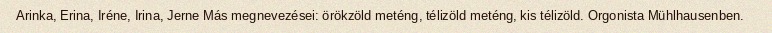
Arinka, Erina, Iréne, Irina, Jerne Más megnevezései: örökzöld meténg, télizöld meténg, kis télizöld. Orgonista Mühlhausenben.